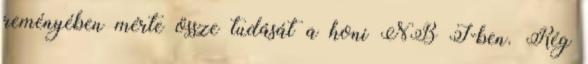
reményében mérte össze tudását a honi NB I-ben. Rég